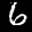
Label: 6